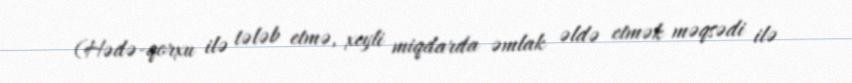
(Hədə-qorxu ilə tələb etmə, xeyli miqdarda əmlak əldə etmək məqsədi ilə